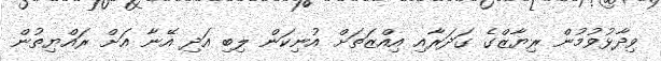
ވިދާޅުވުމުން ރިޔާޒްގެ ގަދަރާއި އިއްޒަތަށް އުނިކަން ލިބި އަދި އޭނާ އަށް ރައްޔިތުން